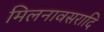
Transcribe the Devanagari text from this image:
मिलनावसरादि